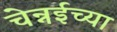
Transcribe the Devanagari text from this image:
चेन्नईच्‍या